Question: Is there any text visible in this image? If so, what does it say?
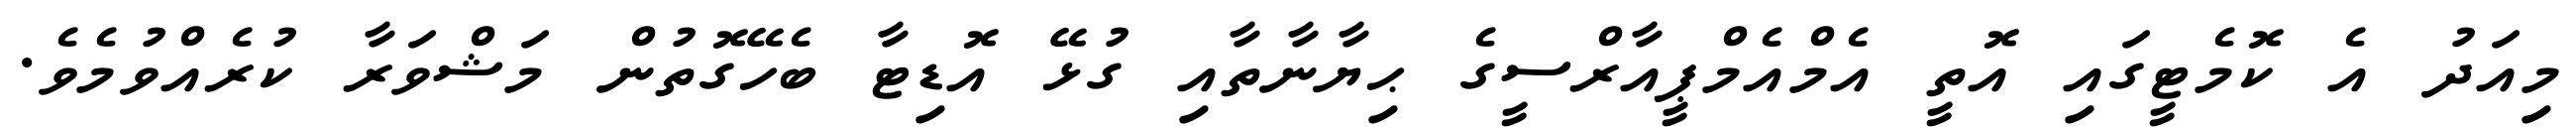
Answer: މިއަދު އެ ކޮމެޓީގައި އޮތީ އެމްއެމްޕީއާރްސީގެ ޙިޔާނާތާއި ގުޅޭ އޮޑިޓާ ބެހޭގޮތުން މަޝްވަރާ ކުރެއްވުމެވެ.